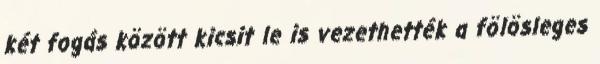
két fogás között kicsit le is vezethették a fölösleges